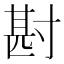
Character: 𭔶